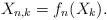
LaTeX: \begin{align*}X_{n,k}=f_{n}(X_{k}). \end{align*}